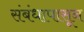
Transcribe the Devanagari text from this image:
संबंधापासून